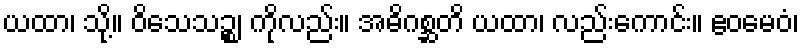
ယထာ၊ သို့။ ဝိသေသဉ္စ၊ ကိုလည်း။ အဓိဂစ္ဆတိ ယထာ၊ လည်းကောင်း။ ဧဝမေဝံ၊